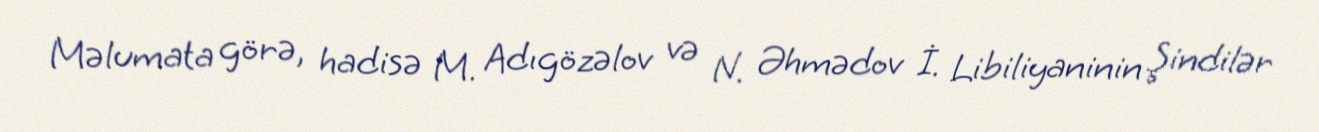
Məlumata görə, hadisə M. Adıgözəlov və N. Əhmədov İ. Libiliyaninin Şindilər